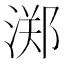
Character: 𱧛